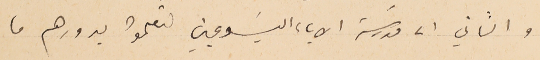
والثاني الى مدرسَة الاباء اليسَوعيين لىتعلموا بدورهم ما